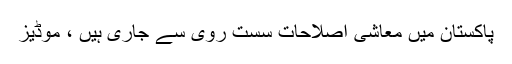
پاکستان میں معاشی اصلاحات سست روی سے جاری ہیں ، موڈیز